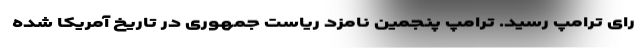
رای ترامپ رسید. ترامپ پنجمین نامزد ریاست جمهوری در تاریخ آمریکا شده